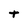
Character: t